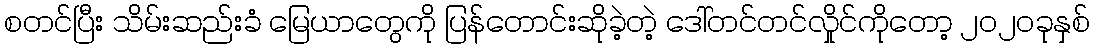
စတင်ပြီး သိမ်းဆည်းခံ မြေယာတွေကို ပြန်တောင်းဆိုခဲ့တဲ့ ဒေါ်တင်တင်လှိုင်ကိုတော့ ၂၀၂၀ခုနှစ်